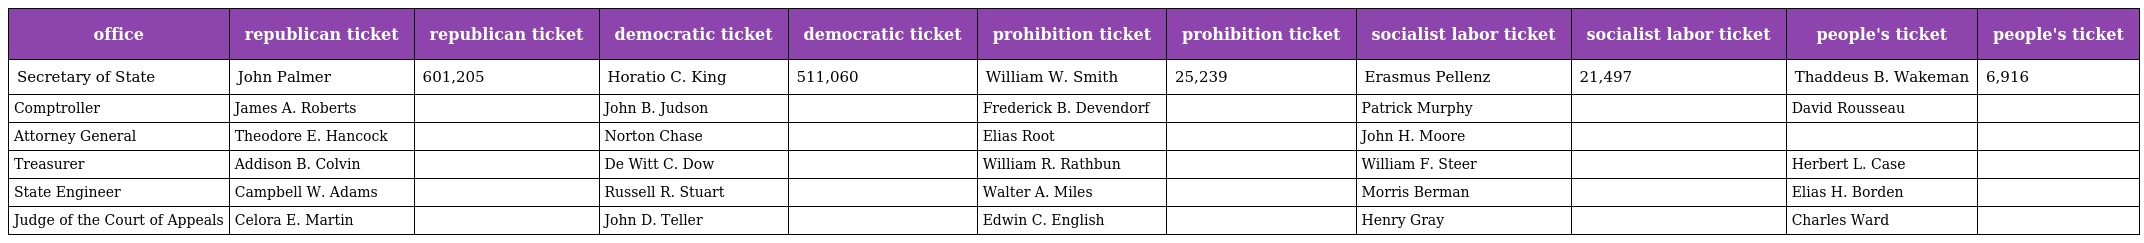
| office | republican ticket | republican ticket | democratic ticket | democratic ticket | prohibition ticket | prohibition ticket | socialist labor ticket | socialist labor ticket | people's ticket | people's ticket |
 | --- | --- | --- | --- | --- | --- | --- | --- | --- | --- | --- |
 | Secretary of State | John Palmer | 601,205 | Horatio C. King | 511,060 | William W. Smith | 25,239 | Erasmus Pellenz | 21,497 | Thaddeus B. Wakeman | 6,916 |
 | Comptroller | James A. Roberts |  | John B. Judson |  | Frederick B. Devendorf |  | Patrick Murphy |  | David Rousseau |  |
 | Attorney General | Theodore E. Hancock |  | Norton Chase |  | Elias Root |  | John H. Moore |  |  |  |
 | Treasurer | Addison B. Colvin |  | De Witt C. Dow |  | William R. Rathbun |  | William F. Steer |  | Herbert L. Case |  |
 | State Engineer | Campbell W. Adams |  | Russell R. Stuart |  | Walter A. Miles |  | Morris Berman |  | Elias H. Borden |  |
 | Judge of the Court of Appeals | Celora E. Martin |  | John D. Teller |  | Edwin C. English |  | Henry Gray |  | Charles Ward |  |